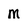
Character: m